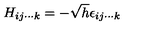
H _ { i j \cdots k } = - \sqrt { h } \epsilon _ { i j \cdots k }